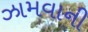
ઝામવાની